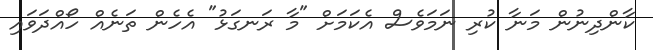
ކާންދިނުން މަނާ ކުރި ނަމަވެސް އެކަމަށް "މާ ރަނގަޅު" އެހެން ތަނެއް ހޯއްދަވައި